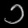
Digit: ၁